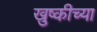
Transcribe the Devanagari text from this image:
खुष्कीच्या